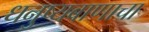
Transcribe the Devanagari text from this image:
धनुष्यबाणाचा